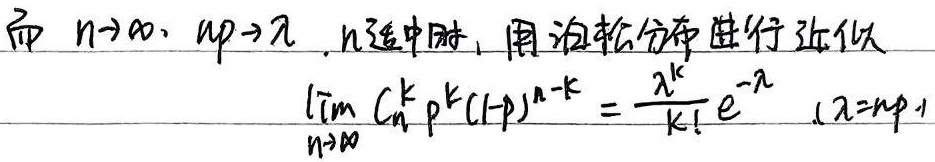
而当\(n \to \infty\)，\(np \to \lambda\)，且\(n\)适中时，用泊松分布进行近似：
\[
\lim_{n \to \infty} C_{n}^{k} p^{k}(1 - p)^{n - k}=\frac{\lambda^{k}}{k!}e^{-\lambda}\quad(\lambda = np)
\]